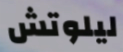
ليلوتش